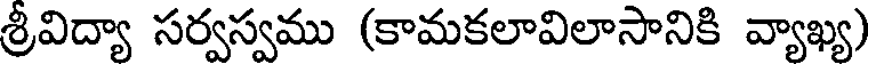
శ్రీవిద్యా సర్వస్వము (కామకలావిలాసానికి వ్యాఖ్య)